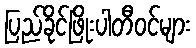
ပြည်ခိုင်ဖြိုးပါတီဝင်များ